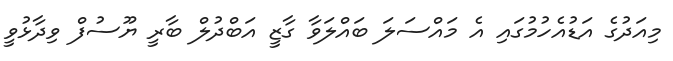
މިއަދުގެ އަޑުއެހުމުގައި އެ މައްސަލަ ބައްލަވާ ގާޒީ އަބްދުލް ބާރީ ޔޫސުފް ވިދާޅުވީ